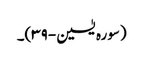
(سورہ یٰسین-۳۹)۔